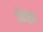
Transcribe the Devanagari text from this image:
।केतन